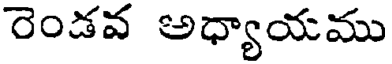
రెండవ అధ్యాయము